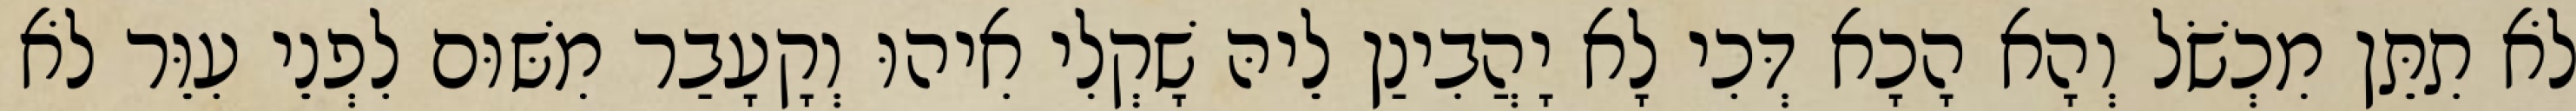
לֹא תִתֵּן מִכְשֹׁל וְהָא הָכָא דְּכִי לָא יָהֲבִינַן לֵיהּ שָׁקְלִי אִיהוּ וְקָעָבַר מִשּׁוּם לִפְנֵי עִוֵּר לֹא